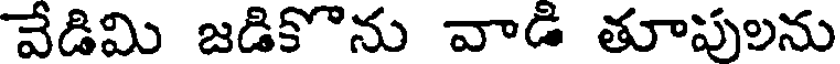
వేడిమి జడికొను వాడి తూపులను